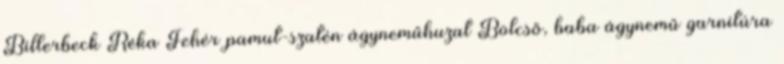
Billerbeck Réka Fehér pamut-szatén ágyneműhuzat Bölcső, baba ágynemű garnitúra